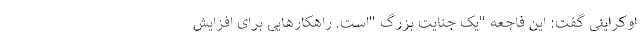
اوکراینی گفت: این فاجعه "یک جنایت بزرگ "است. راهکارهایی برای افزایش